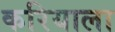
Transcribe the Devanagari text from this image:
करियाला